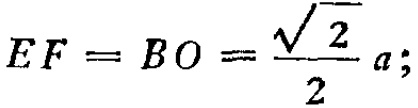
$EF = BO = \frac{\sqrt{2}}{2}a;$